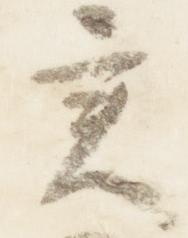
実